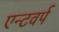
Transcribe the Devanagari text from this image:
एन्टवर्प